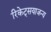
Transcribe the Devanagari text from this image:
रिकेट्सयाजन्य